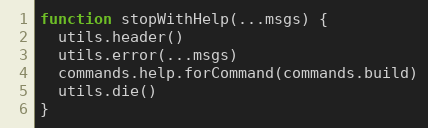
Language: JavaScript
function stopWithHelp(...msgs) {
  utils.header()
  utils.error(...msgs)
  commands.help.forCommand(commands.build)
  utils.die()
}